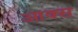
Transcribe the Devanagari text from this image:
आक्स